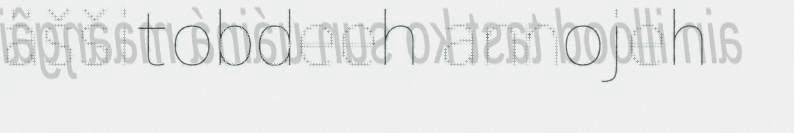
äššitobdeeh annojeh